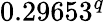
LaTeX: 0.29653^{q}